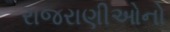
રાજરાણીઓનો